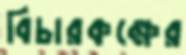
বিচারকক্ষের